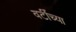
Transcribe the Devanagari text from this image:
वर्टींच्या